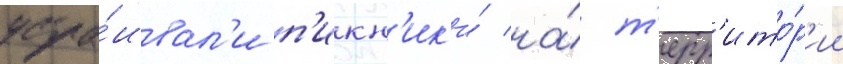
устра́ивал'и п'икн'ик'и́ на́ т'ерр'ито́р'ии